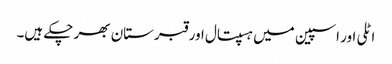
اٹلی اور اسپین میں ہسپتال اور قبرستان بھر چکے ہیں۔